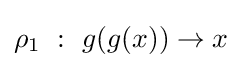
\rho _{1}\ :\ g(g(x))\rightarrow x